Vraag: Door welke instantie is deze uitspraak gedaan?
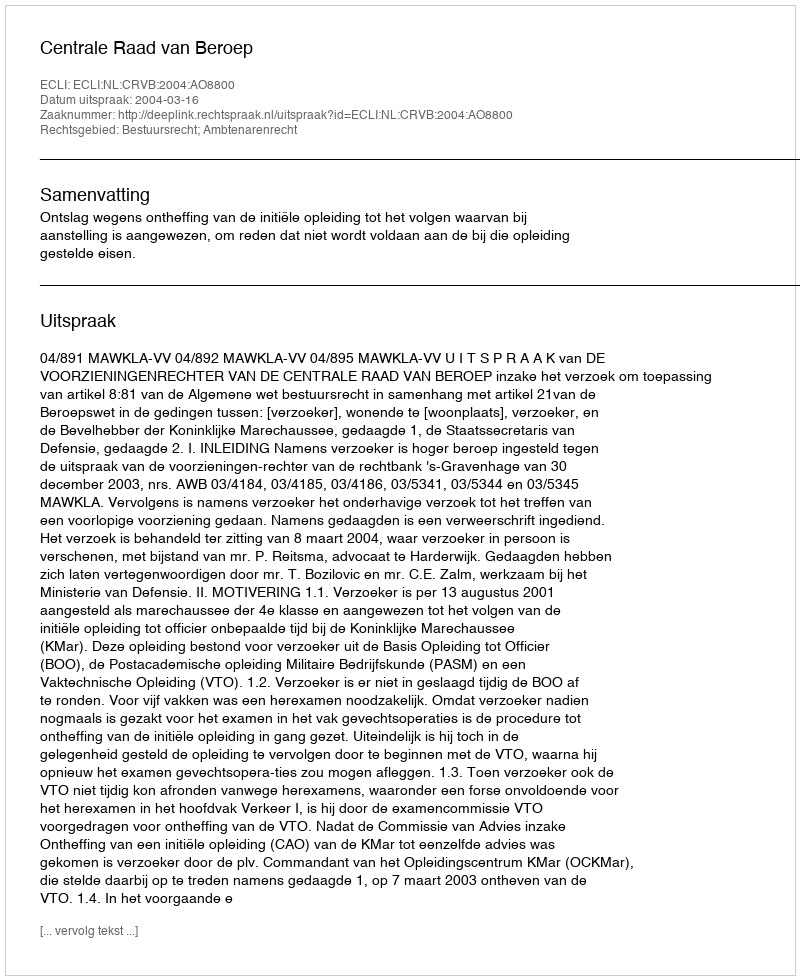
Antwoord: Centrale Raad van Beroep